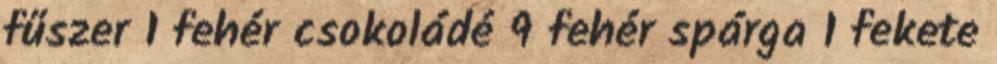
fűszer 1 fehér csokoládé 9 fehér spárga 1 fekete